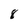
Character: 8